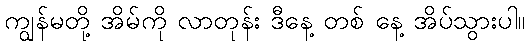
ကျွန်မတို့ အိမ်ကို လာတုန်း ဒီနေ့ တစ် နေ့ အိပ်သွားပါ။